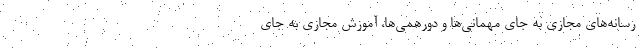
رسانه‌های مجازی به جای مهمانی‌ها و دورهمی‌ها، آموزش مجازی به جای